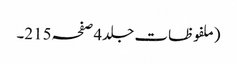
(ملفوظات جلد4صفحہ215۔